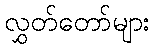
လွှတ်တော်များ